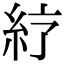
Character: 𥾼